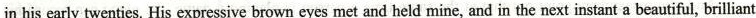
in his early twenties.His expressive brown eyes met and held mine and in the next instant a beautiful, brilliant